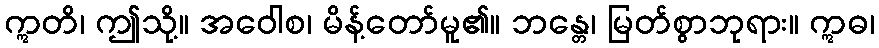
ဣတိ၊ ဤသို့။ အဝေါစ၊ မိန့်တော်မူ၏။ ဘန္တေ၊ မြတ်စွာဘုရား။ ဣဓ၊